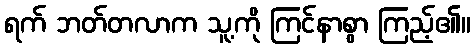
ရက် ဘတ်တလာက သူ့ကို ကြင်နာစွာ ကြည့်၏။